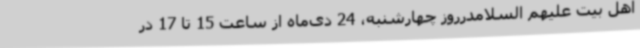
اهل بیت علیهم السلامدرروز چهارشنبه، 24 دی‌ماه از ساعت 15 تا 17 در